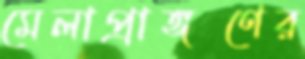
মেলাপ্রাঙ্গণের